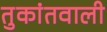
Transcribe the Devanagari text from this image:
तुकांतवाली